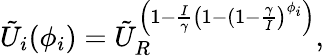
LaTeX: \tilde{U}_{i}(\phi_{i})=\tilde{U}_{R}^{\left(1-\frac{I}{\gamma}\left(1-(1-\frac{\gamma}{I}\right)^{\phi_{i}}\right)},